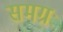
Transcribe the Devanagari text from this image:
समग्रः